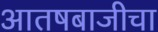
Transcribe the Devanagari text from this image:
आतषबाजीचा